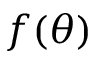
f ( \theta )